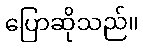
ပြောဆိုသည်။